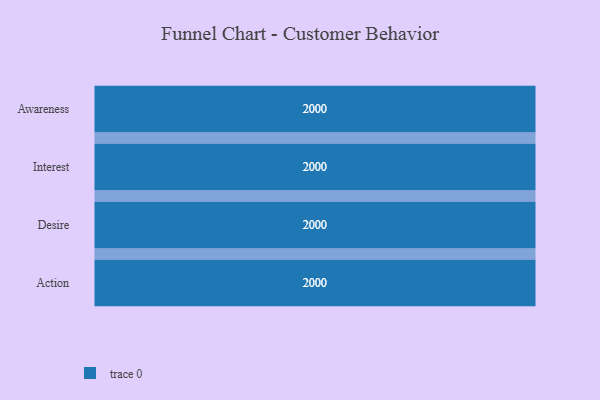
{"axis": {"x": "Stage", "y": "Value"}, "legend": [""], "data": [{"x": "Awareness", "y": 2000, "type": ""}, {"x": "Interest", "y": 2000, "type": ""}, {"x": "Desire", "y": 2000, "type": ""}, {"x": "Action", "y": 2000, "type": ""}]}